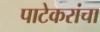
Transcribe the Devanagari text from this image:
पाटेकरांचा